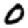
Digit: 0